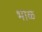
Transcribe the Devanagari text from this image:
भाळ